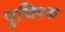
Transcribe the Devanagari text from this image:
पुब्लिक